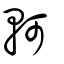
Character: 軻